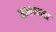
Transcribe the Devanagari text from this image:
समानाला